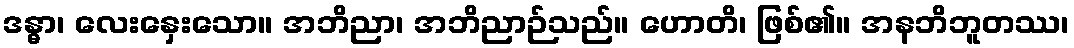
ဒန္ဓာ၊ လေးနှေးသော။ အဘိညာ၊ အဘိညာဉ်သည်။ ဟောတိ၊ ဖြစ်၏။ အနဘိဘူတဿ၊